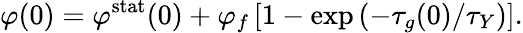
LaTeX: \varphi(0)=\varphi^{\mathrm{stat}}(0)+\varphi_{f}\left[1-\exp\left(-\tau_{g}(0)/\tau_{Y}\right)\right].